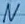
Text: N